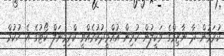
ކުރަމުން ދާ ނާޒިމްގެ ވަކީލުން ކުރިން އުއްމީދުކުރެއްވީ ކްރިމިނަލް ކޯޓުގެ އެ ހުކުމް